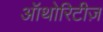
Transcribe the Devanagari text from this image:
ऑथोरिटीज़